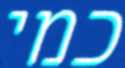
כמי